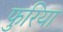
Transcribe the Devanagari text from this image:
फुरिया